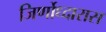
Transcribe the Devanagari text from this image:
जिर्णोध्दारास